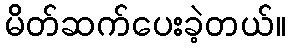
မိတ်ဆက်ပေးခဲ့တယ်။